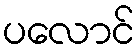
ပလောင်